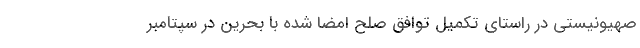
صهیونیستی در راستای تکمیل توافق صلح امضا شده با بحرین در سپتامبر